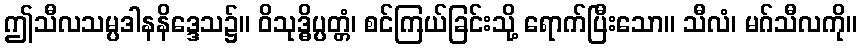
ဤသီလသမ္ပဒါနနိဒ္ဒေသ၌။ ဝိသုဒ္ဓိပ္ပတ္တံ၊ စင်ကြယ်ခြင်းသို့ ရောက်ပြီးသော။ သီလံ၊ မဂ်သီလကို။